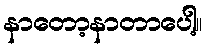
နာတော့နာတာပေါ့။